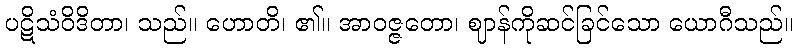
ပဋိသံဝိဒိတာ၊ သည်။ ဟောတိ၊ ၏။ အာဝဇ္ဇတော၊ ဈာန်ကိုဆင်ခြင်သော ယောဂီသည်။